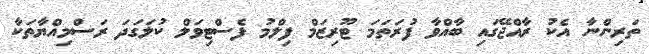
ތަރިންނާ އެކު ރާއްޖޭގައި ބާއްވާ ފުރަތަމަ ޓޫރިޒަމް ފިލްމު ފެސްޓިވަލް ކުލަގަދަ ރަސްމިއްޔާތަކާ